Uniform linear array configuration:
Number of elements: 24
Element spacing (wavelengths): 0.25
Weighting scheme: blackman
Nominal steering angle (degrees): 0
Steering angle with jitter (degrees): -0.06383
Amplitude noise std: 0.05
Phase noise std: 0.05

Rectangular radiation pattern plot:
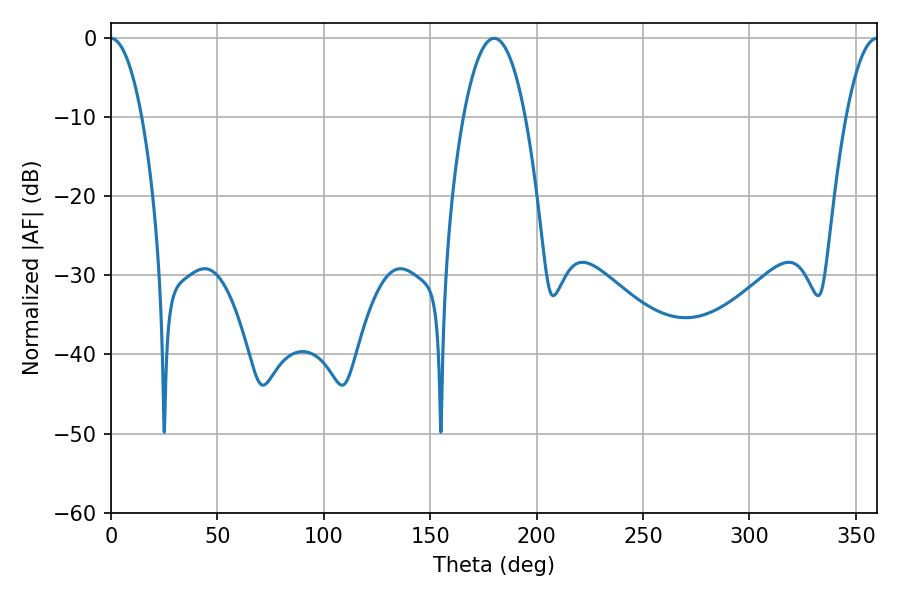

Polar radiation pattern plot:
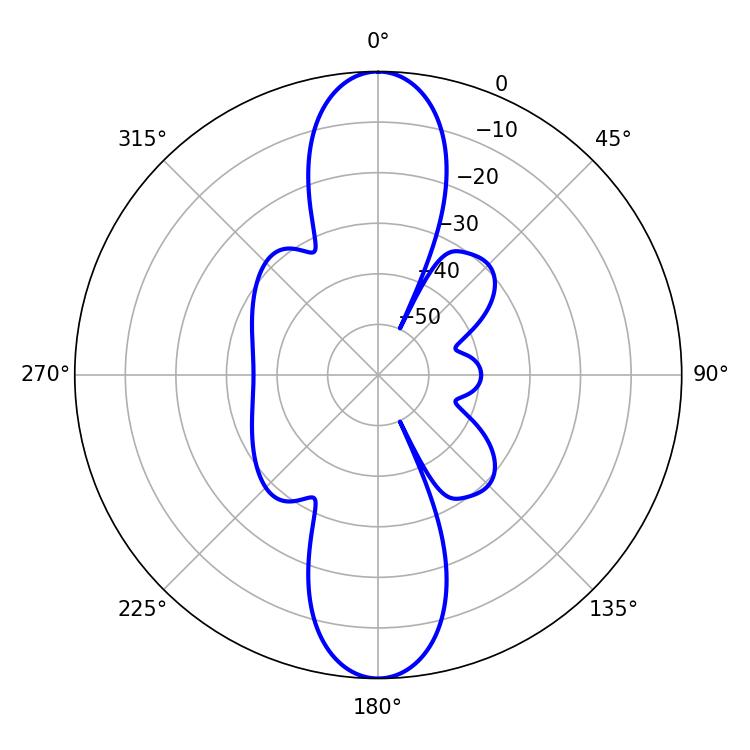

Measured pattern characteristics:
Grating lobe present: FALSE
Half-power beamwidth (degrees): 7.92
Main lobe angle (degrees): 0